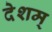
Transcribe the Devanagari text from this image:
देशम्‌